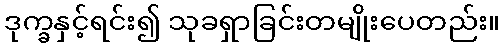
ဒုက္ခနှင့်ရင်း၍ သုခရှာခြင်းတမျိုးပေတည်း။